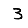
Digit: 3